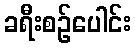
ခရီးစဉ်ပေါင်း